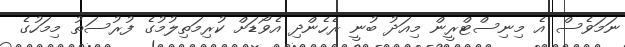
ނަމަވެސް އެ މިނިސްޓްރީން މިއަދު ބުނީ ރެހެންދި އެވޯޑަށް ކުރިމަތިލުމުގެ ފުރުސަތު މިމަހުގެ